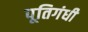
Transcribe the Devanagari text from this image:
पूतिगंधी